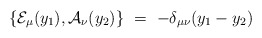
\begin{align*}\{ {\cal E}_\mu (y_1) , {\cal A}_\nu (y_2) \} \ = \ - \delta_{\mu\nu} (y_1 - y_2)\end{align*}